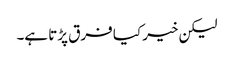
لیکن خیر کیا فرق پڑتا ہے۔